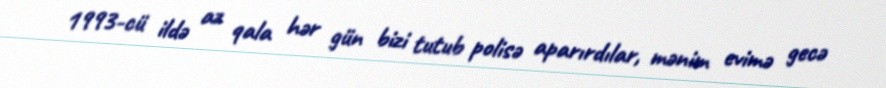
1993-cü ildə az qala hər gün bizi tutub polisə aparırdılar, mənim evimə gecə